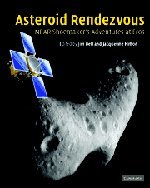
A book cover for Asteroid Rendezvous: NEAR Shoemaker's Adventures at Eros; Science & Math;